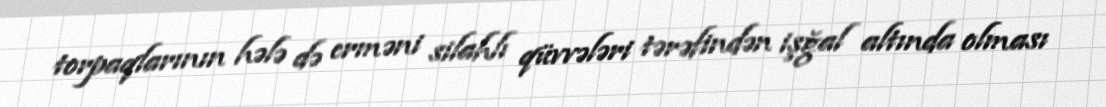
torpaqlarının hələ də erməni silahlı qüvvələri tərəfindən işğal altında olması